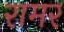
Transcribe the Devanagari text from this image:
रामर